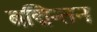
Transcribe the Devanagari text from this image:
बद्मिन्तन